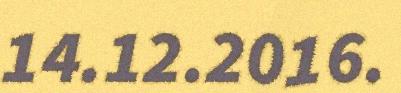
14.12.2016.